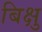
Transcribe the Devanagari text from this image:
बिक्षु